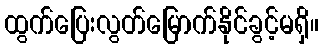
ထွက်ပြေးလွတ်မြောက်နိုင်ခွင့်မရှိ။